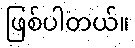
ဖြစ်ပါတယ်။